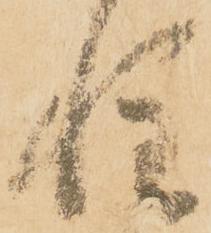
惶